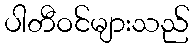
ပါတီဝင်များသည်